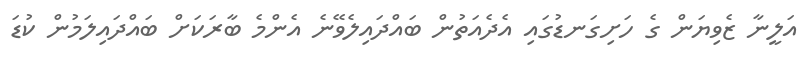
އަލީނާ ޒެވިޔަން ގެ ހަށިގަނޑުގައި އެދެއަތުން ބައްދައިލެވޭނެ އެންމެ ބާރަކަށް ބައްދައިލަމުން ކުޑަ